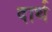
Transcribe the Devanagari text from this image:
दार्थ